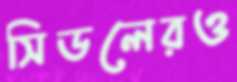
সিডলেরও